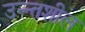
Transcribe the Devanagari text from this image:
उन्न्तशील